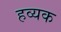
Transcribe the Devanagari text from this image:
हव्यक